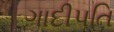
ગાદીપતિ